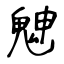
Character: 䰠